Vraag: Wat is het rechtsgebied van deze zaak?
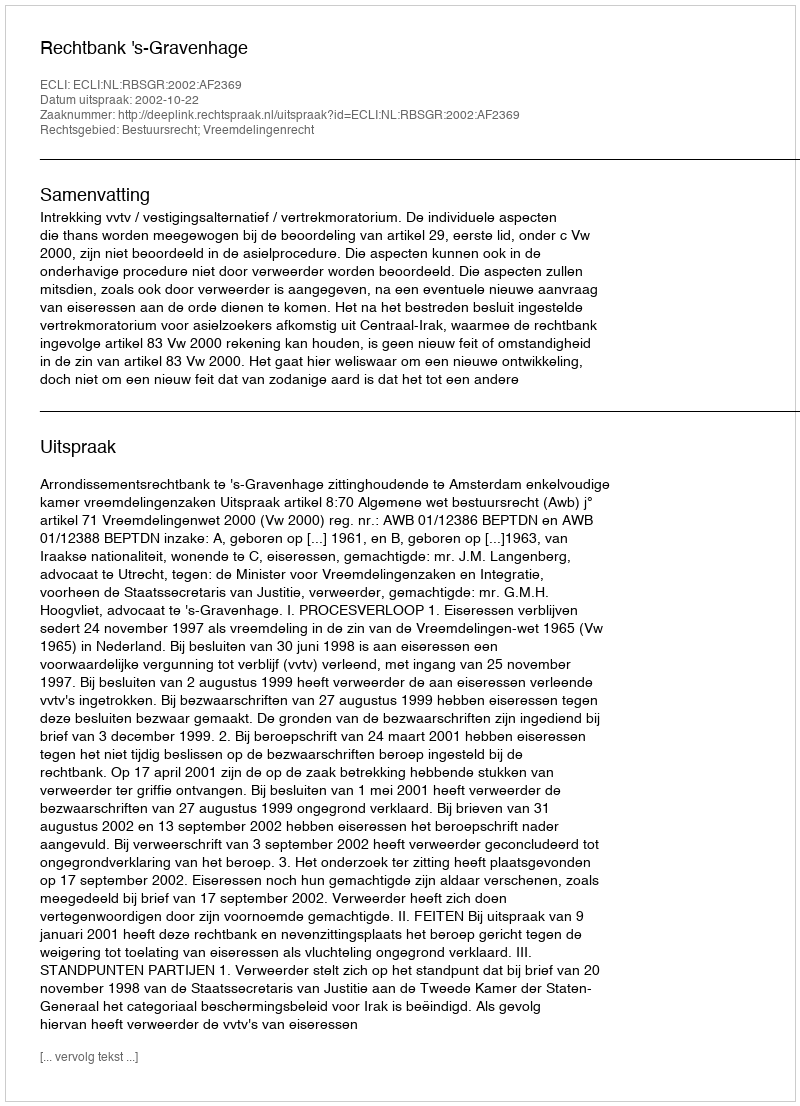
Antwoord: Bestuursrecht; Vreemdelingenrecht